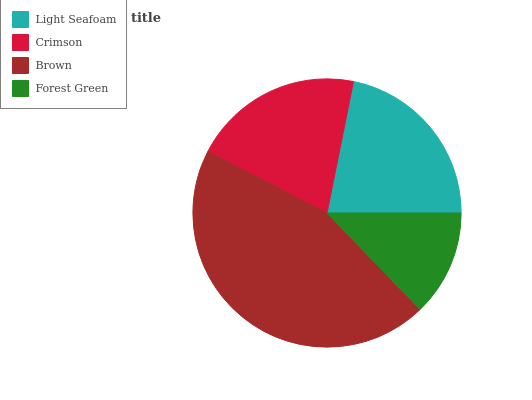
| Light Seafoam | Crimson | Brown | Forest Green |
 | --- | --- | --- | --- |
 | 21.8% | 20.6% | 44.8% | 12.8% |